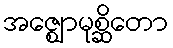
အဇ္ဈောမုစ္ဆိတော